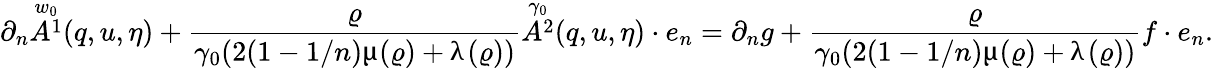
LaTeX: \partial_{n}\overset{w_{0}}{A^{1}}(q,u,\eta)+\frac{\varrho}{\gamma_{0}(2(1-1/n)\upmu(\varrho)+\uplambda(\varrho))}\overset{\gamma_{0}}{A^{2}}(q,u,\eta)\cdot e_{n}=\partial_{n}g+\frac{\varrho}{\gamma_{0}(2(1-1/n)\upmu(\varrho)+\uplambda(\varrho))}f\cdot e_{n}.